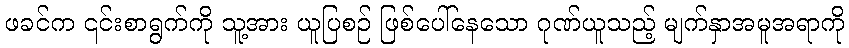
ဖခင်က ၎င်းစာရွက်ကို သူ့အား ယူပြစဉ် ဖြစ်ပေါ်နေသော ဂုဏ်ယူသည့် မျက်နှာအမူအရာကို